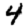
Digit: 4